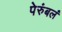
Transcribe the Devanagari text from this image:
पेरुंबलं